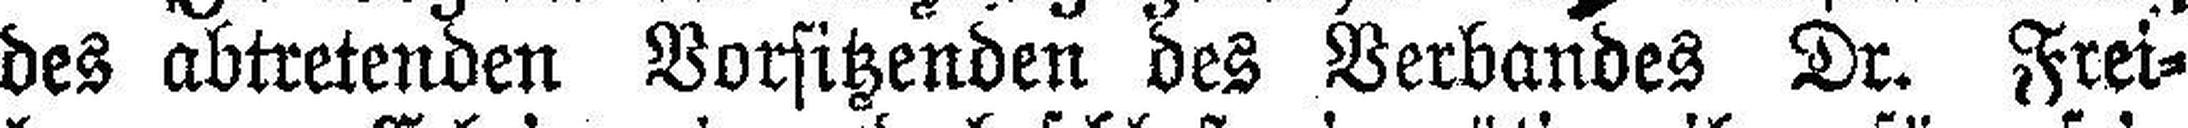
des abtretenden Vorsitzenden des Verbandes Dr. Frei¬